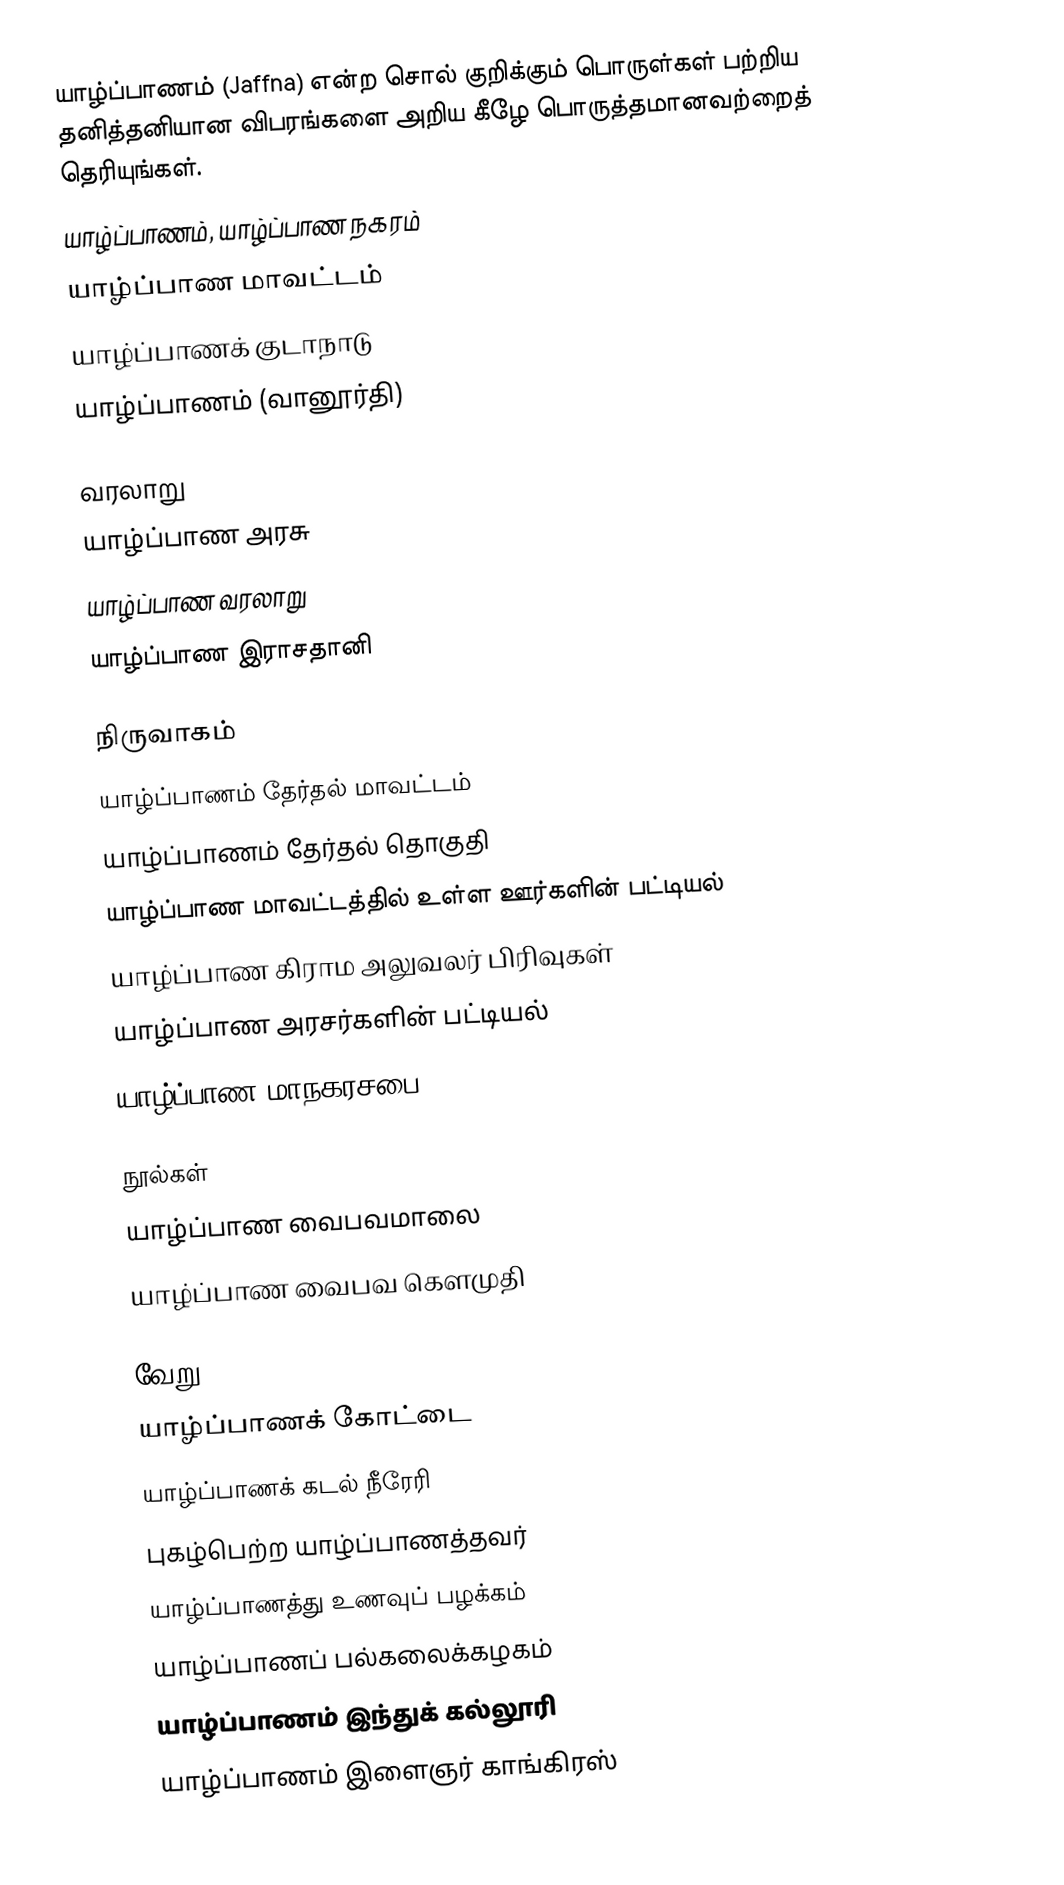
யாழ்ப்பாணம் (Jaffna) என்ற சொல் குறிக்கும் பொருள்கள் பற்றிய தனித்தனியான விபரங்களை அறிய கீழே பொருத்தமானவற்றைத் தெரியுங்கள்.
 யாழ்ப்பாணம், யாழ்ப்பாண நகரம்
 யாழ்ப்பாண மாவட்டம்
 யாழ்ப்பாணக் குடாநாடு
 யாழ்ப்பாணம் (வானூர்தி)

வரலாறு
 யாழ்ப்பாண அரசு
 யாழ்ப்பாண வரலாறு
 யாழ்ப்பாண இராசதானி

நிருவாகம்
 யாழ்ப்பாணம் தேர்தல் மாவட்டம்
 யாழ்ப்பாணம் தேர்தல் தொகுதி
 யாழ்ப்பாண மாவட்டத்தில் உள்ள ஊர்களின் பட்டியல்
 யாழ்ப்பாண கிராம அலுவலர் பிரிவுகள்
 யாழ்ப்பாண அரசர்களின் பட்டியல்
 யாழ்ப்பாண மாநகரசபை

நூல்கள்
 யாழ்ப்பாண வைபவமாலை
 யாழ்ப்பாண வைபவ கௌமுதி

வேறு
 யாழ்ப்பாணக் கோட்டை
 யாழ்ப்பாணக் கடல் நீரேரி
 புகழ்பெற்ற யாழ்ப்பாணத்தவர்
 யாழ்ப்பாணத்து உணவுப் பழக்கம்
 யாழ்ப்பாணப் பல்கலைக்கழகம்
 யாழ்ப்பாணம் இந்துக் கல்லூரி
 யாழ்ப்பாணம் இளைஞர் காங்கிரஸ்